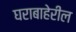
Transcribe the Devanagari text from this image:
घराबाहेरील